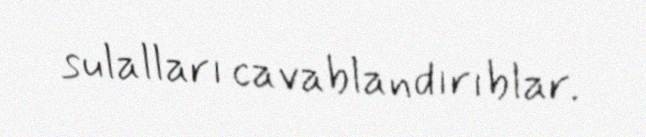
sulalları cavablandırıblar.